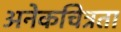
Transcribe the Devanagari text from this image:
अनेकचित्रता